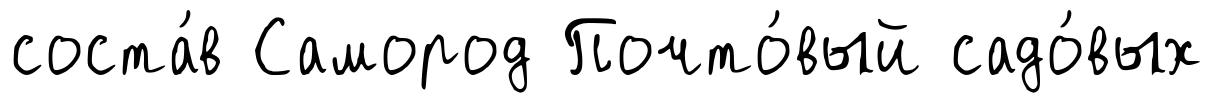
соста́в Самород Почто́вый садо́вых